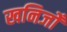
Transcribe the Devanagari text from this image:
खनिजोँ